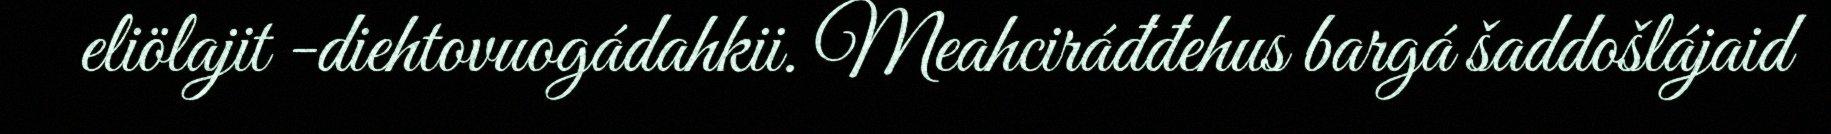
eliölajit -diehtovuogádahkii. Meahciráđđehus bargá šaddošlájaid